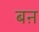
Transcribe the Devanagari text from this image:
बऩ